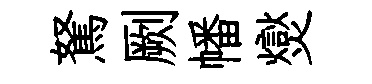
駑劂幡爕